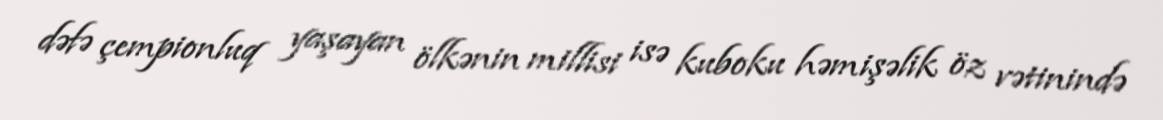
dəfə çempionluq yaşayan ölkənin millisi isə kuboku həmişəlik öz vətinində